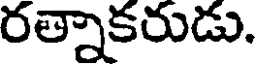
రత్నాకరుడు.